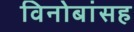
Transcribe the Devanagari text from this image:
विनोबांसह